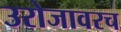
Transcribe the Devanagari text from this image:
उरोजावरच